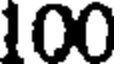
100